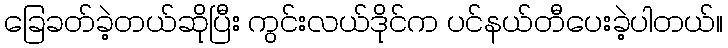
ခြေခတ်ခဲ့တယ်ဆိုပြီး ကွင်းလယ်ဒိုင်က ပင်နယ်တီပေးခဲ့ပါတယ်။